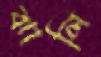
ঝালি